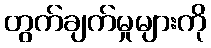
တွက်ချက်မှုများကို